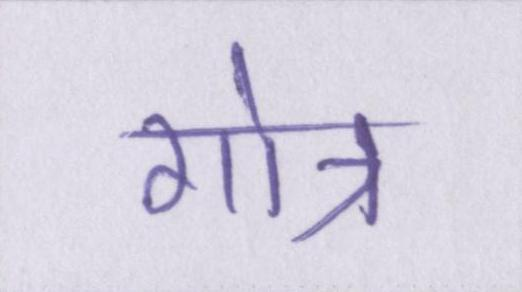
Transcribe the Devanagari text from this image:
गोत्र